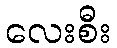
လေးစီး